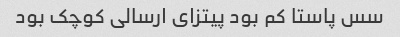
سس پاستا کم بود پیتزای ارسالی کوچک بود